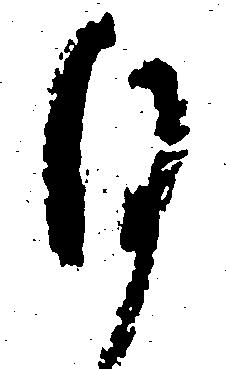
ひ